Petseri_perekonnanimede_kartoteek, lk 5
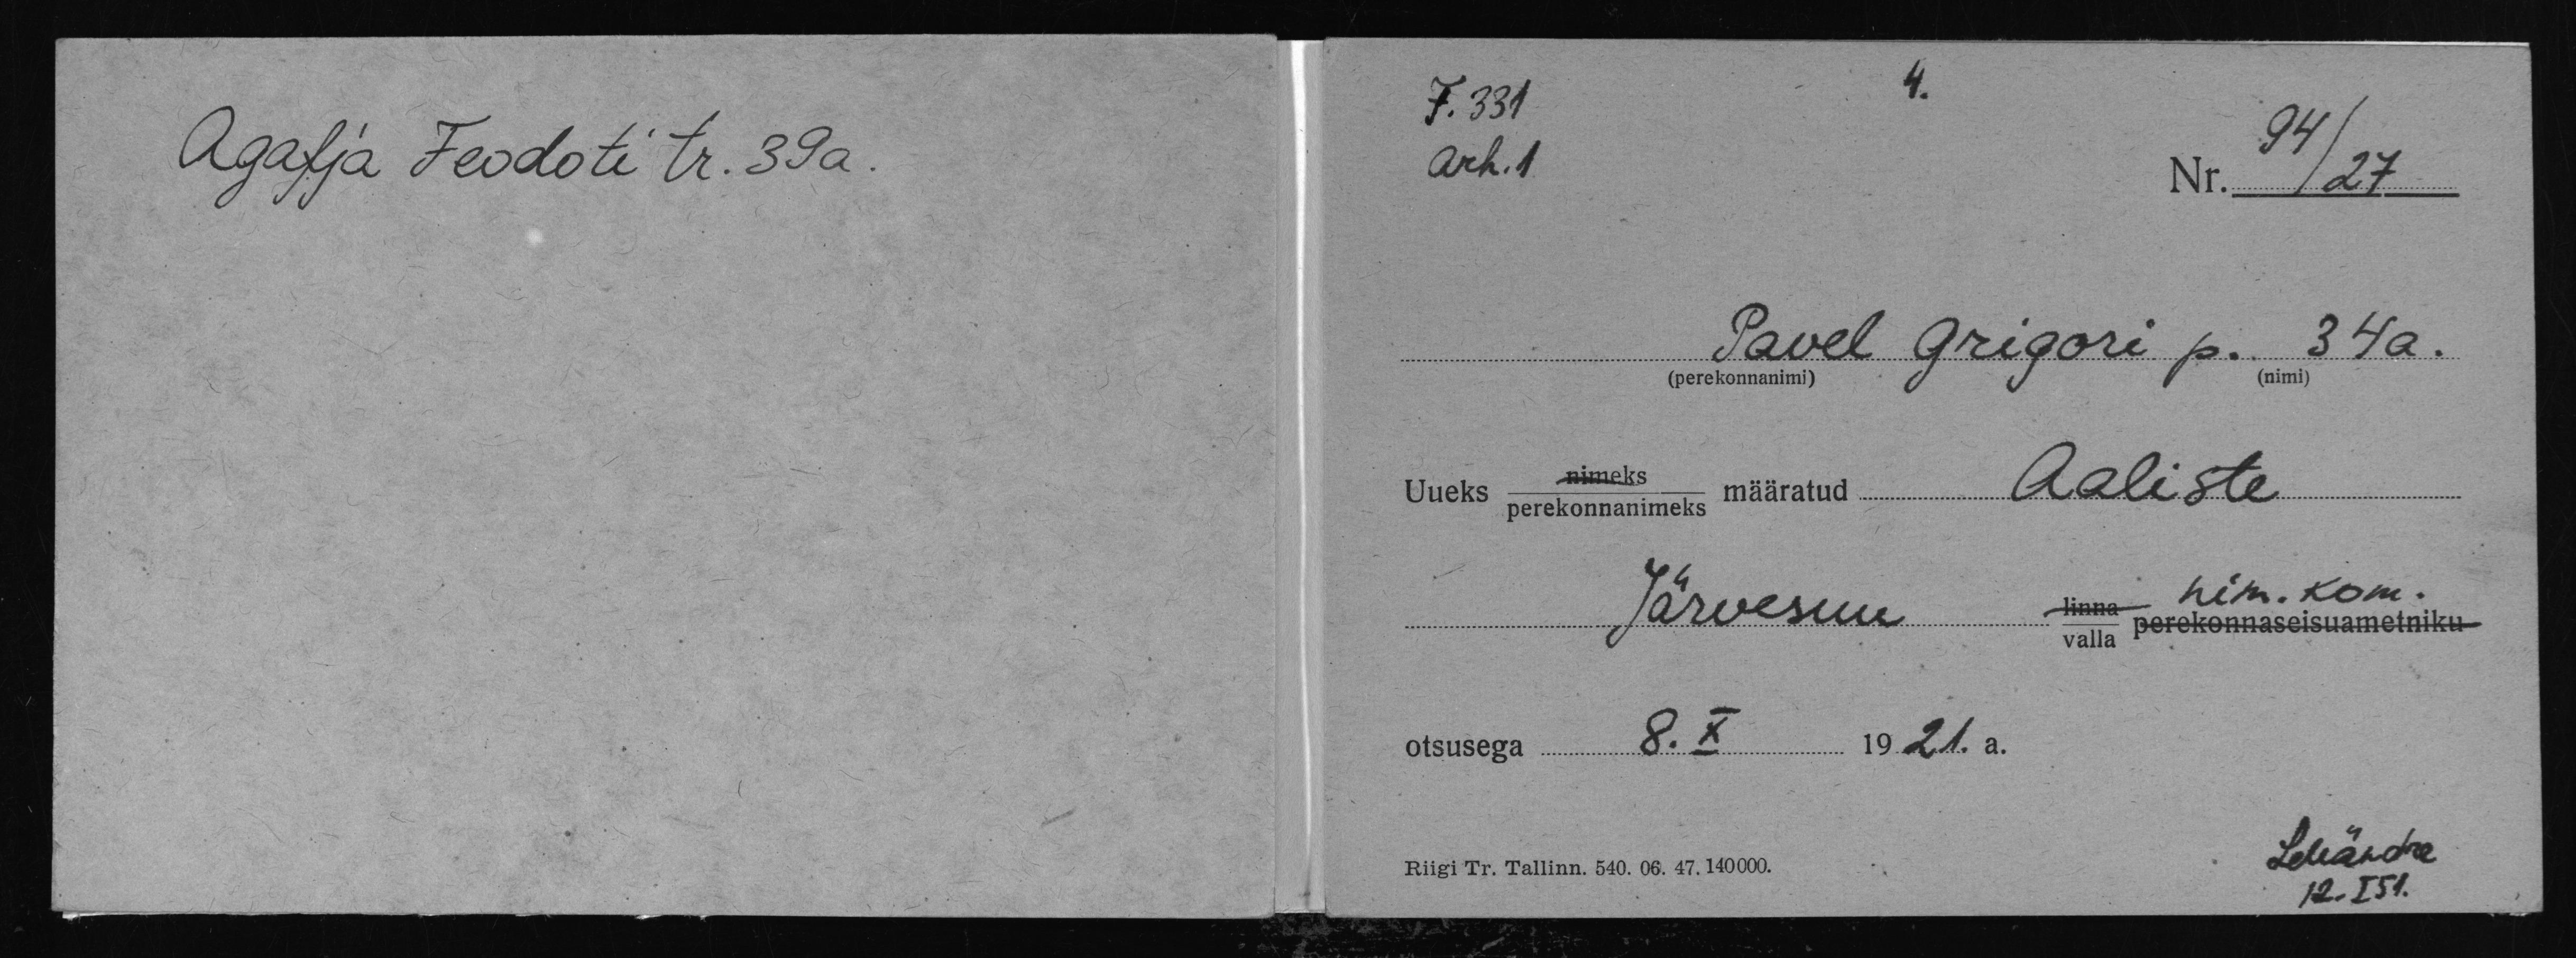
Agafja Feodoti tr. 39a.

F.331
94
Arh. 1
Nr. 27
Pavel Grigori p. 34a.
Aaliste
Uueks perekonnanimeks määratud
linna nim. kom.
Järvesuu
valla perekonnaseisuametniku
otsusega 8. X 1921.a.
LMändre
Riigi Tr. Tallinn. 540. 06. 47. 140000.
12.I 51.